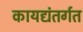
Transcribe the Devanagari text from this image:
कायद्यंतर्गत